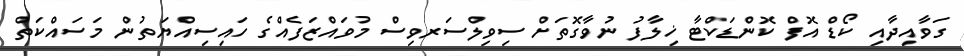
ގަވާއިދާއި ކޯޑް އޮފް ކޮންޑަކްޓާ ޚިލާފު ނުވާގޮތަށް ސިވިލްސަރވިސް މުވައްޒަފެއްގެ ހައިސިއްޔަތުން މަސައްކަތް